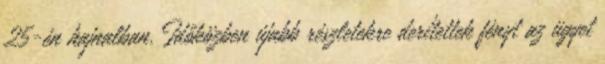
25-én hajnalban. Időközben újabb részletekre derítettek fényt az ügyet